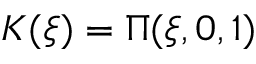
K ( \xi ) = \Pi ( \xi , 0 , 1 )